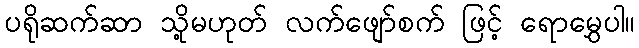
ပရိုဆက်ဆာ သို့မဟုတ် လက်ဖျော်စက် ဖြင့် ရောမွှေပါ။